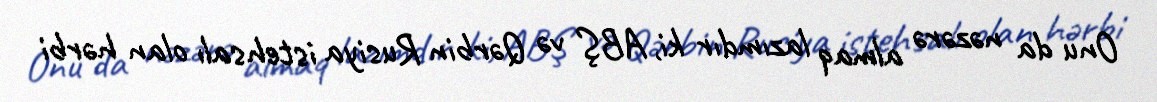
Onu da nəzərə almaq lazımdır ki, ABŞ və Qərbin Rusiya istehsalı olan hərbi